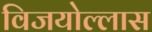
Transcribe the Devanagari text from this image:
विजयोल्लास